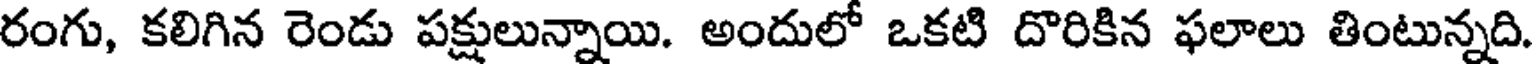
రంగు, కలిగిన రెండు పక్షులున్నాయి. అందులో ఒకటి దొరికిన ఫలాలు తింటున్నది.